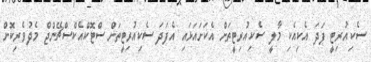
ސެކިއުރިޓީ ފަދަ އެކިއެކި މާލީ ސެކިއުރިޓީތަށް އެކަށައަޅައި އެފަދަ ސެކިއުރިޓީތަށް ސްޓޮކްއެކްސްޗޭންޖް މެދުވެރިކޮށް